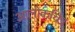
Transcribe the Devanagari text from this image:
आलोकचित्र